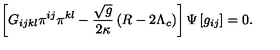
\left[ G _ { i j k l } \pi ^ { i j } \pi ^ { k l } - \frac { \sqrt { g } } { 2 \kappa } \left( R - 2 \Lambda _ { c } \right) \right] \Psi \left[ g _ { i j } \right] = 0 .